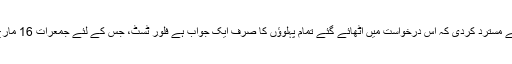
عدالت عظمی نے درخواست یہ کہتے ہوئے مسترد کردی کہ اس درخواست میں اٹھائے گئے تمام پہلوؤں کا صرف ایک جواب ہے فلور ٹسٹ، جس کے لئے جمعرات 16 مارچ11 بجے دن کا وقت مقرر کیا جاتا ہے ۔